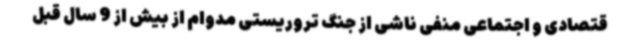
قتصادی و اجتماعی منفی ناشی از جنگ تروریستی مدوام از بیش از 9 سال قبل